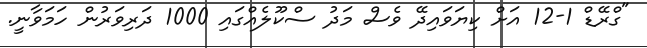
"ގްރޭޑް 1-12 އަށް ކިޔަވައިދޭ ވެސް މަދު ސްކޫލެއްގައި 1000 ދަރިވަރުން ހަމަވާނީ.